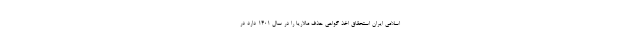
اسلامی ایران استحقاق اخذ گواهی حذف مالاریا را در سال ۱۴۰۱ دارد در